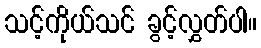
သင့်ကိုယ်သင် ခွင့်လွှတ်ပါ။